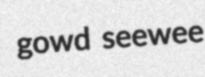
gowd seewee